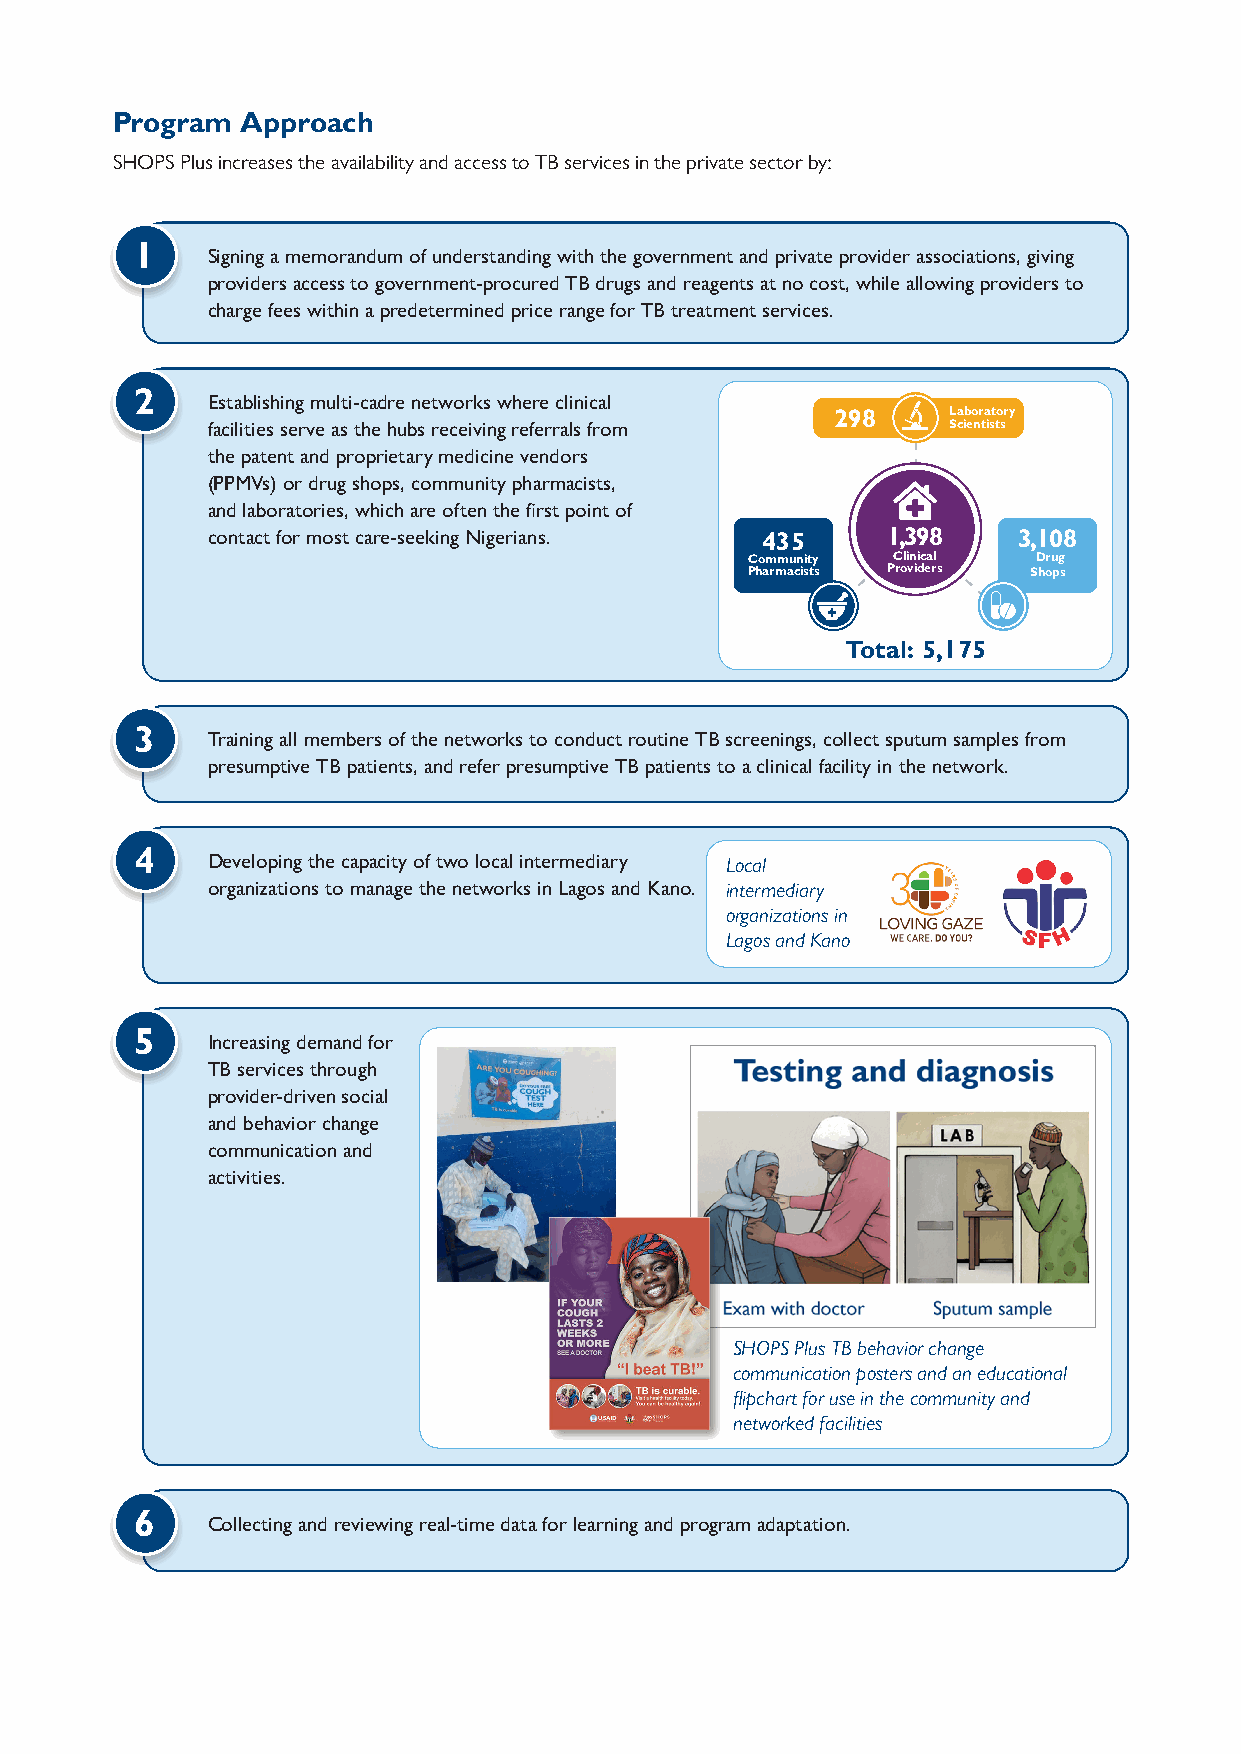
Program  Approach
 SHOPS Plus increases the availability and access to TB services in the private sector by:
 1
 Signing a memorandum of understanding with the government and private provider associations, giving
 providers access to government-procured TB drugs and reagents at no cost, while allowing providers to
 charge fees within a predetermined price range for TB treatment services.
 2
 Establishing multi-cadre networks where clinical
 298     Laboratory
 facilities serve as the hubs receiving referrals from Scientists
 the patent and proprietary medicine vendors
 (PPMVs) or drug shops, community pharmacists,
 and laboratories, which are often the first point of
 contact for most care-seeking Nigerians. 435 1,398   3,108
 Community Clinica l Drug
 Pharmacists Providers Shops
 Total: 5,175
 3
 Training all members of the networks to conduct routine TB screenings, collect sputum samples from
 presumptive TB patients, and refer presumptive TB patients to a clinical facility in the network.
 4
 Developing the capacity of two local intermediary Local
 organizations to manage the networks in Lagos and Kano. intermediary
 organizations in
 Lagos and Kano
 5
 Increasing demand for
 TB services through
 provider-driven social
 and behavior change
 communication and
 activities.
 SHOPS Plus TB behavior change
 communication posters and an educational
 flipchart for use in the community and
 networked facilities
 6
 Collecting and reviewing real-time data for learning and program adaptation.